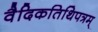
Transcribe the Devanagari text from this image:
वैदिकतिथिपत्रम्